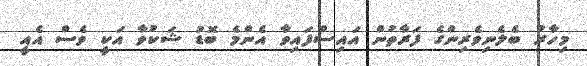
މިހާރު ބެލެނިވެރިންގެ ފަރާތުން އައިސްފައިވާ އެންމެ ބޮޑު ޝަކުވާ އަކީ ވެސް އެއީ